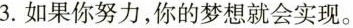
3.如果你努力，你的梦想就会实现